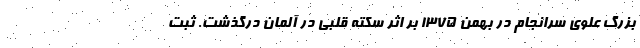
بزرگ علوی سرانجام در بهمن 1375 بر اثر سکته قلبی در آلمان درگذشت. ثبت